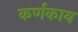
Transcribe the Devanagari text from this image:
कर्णकाय